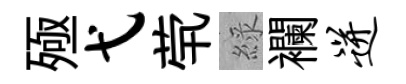
殛弋茕綠襴迸